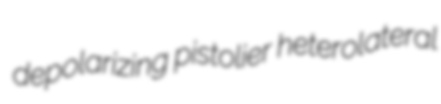
depolarizing pistolier heterolateral